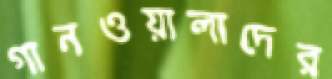
গানওয়ালাদের